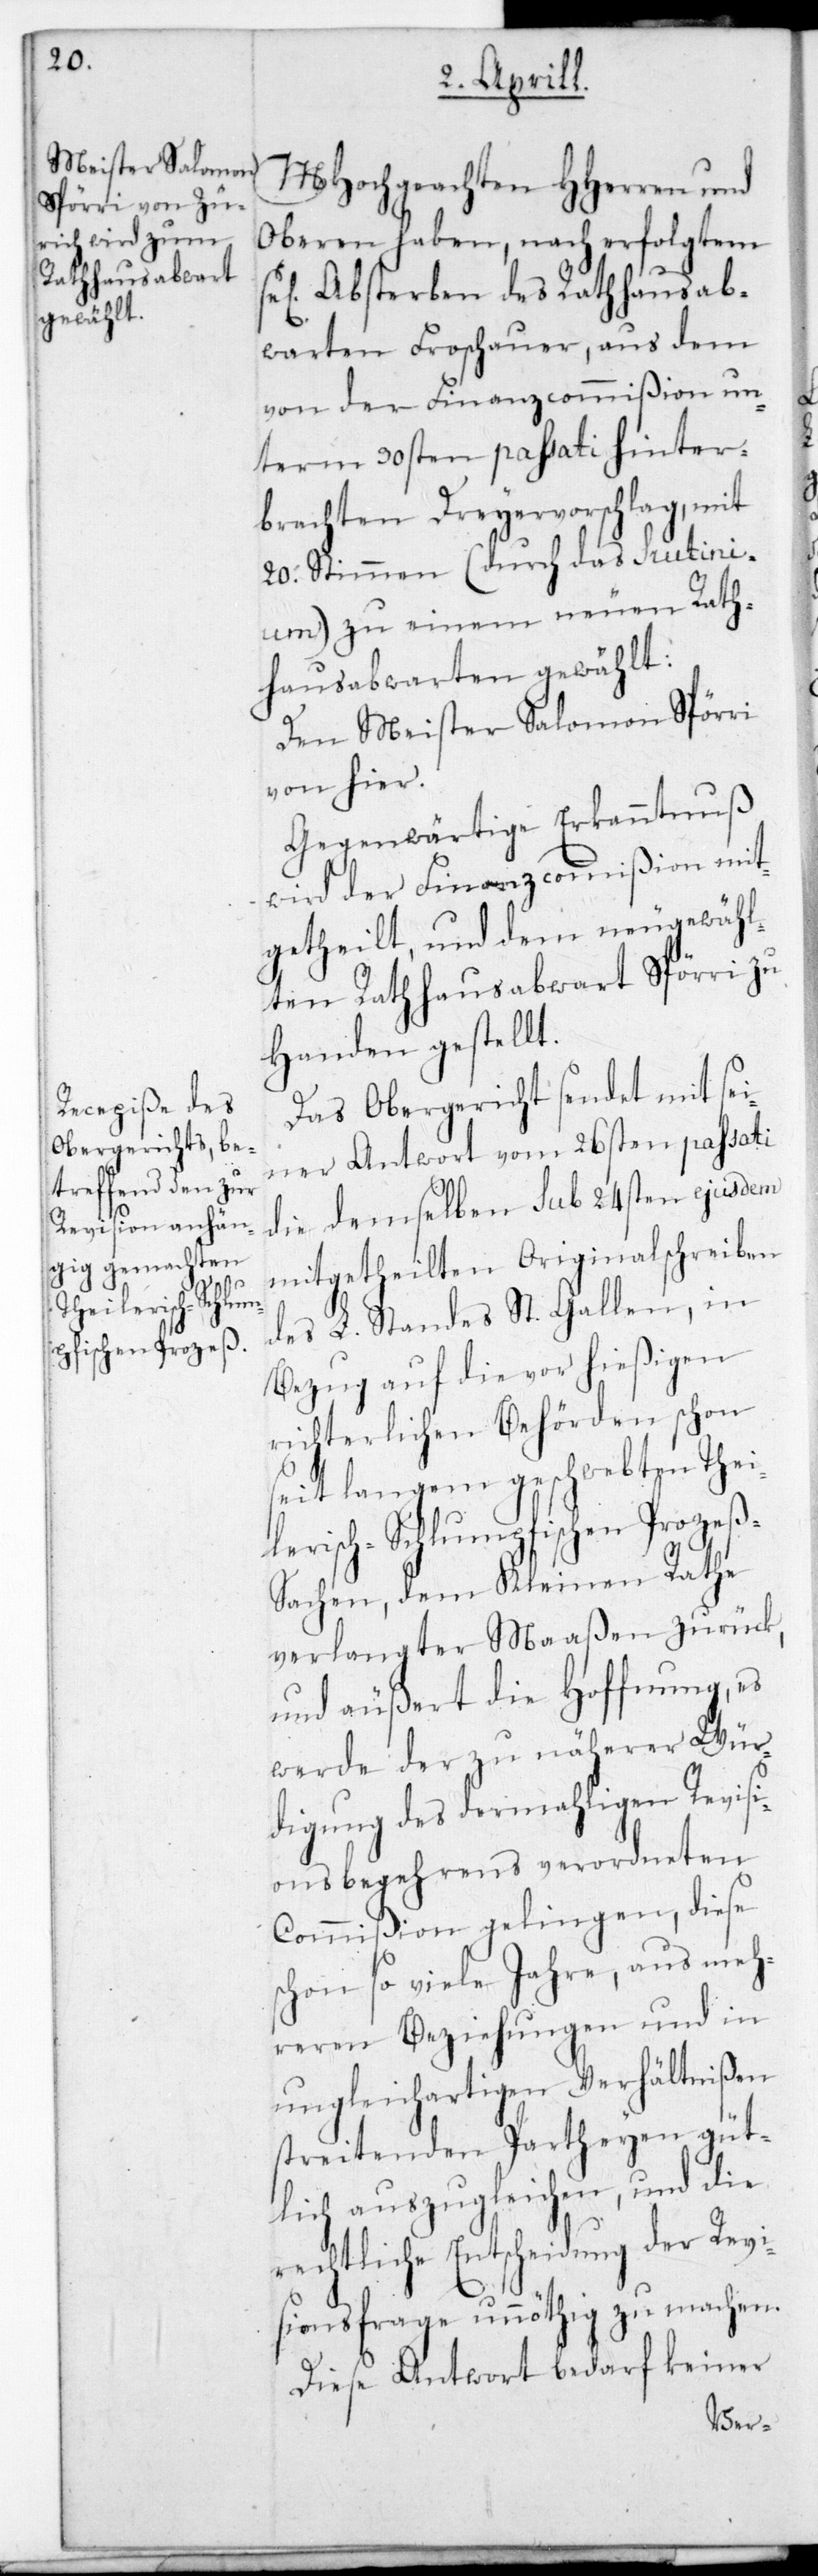
MHochgeachten HHerren und
Oberen haben, nach erfolgtem
Absterben des Rathausab¬
warten Froschauer, aus dem
von der Finanzcommißion un¬
term 30sten passati hinter¬
brachten Dreyervorschlag, mit
20 Stimmen (durch das Scrutini¬
um) zu einem neuen Rath¬
hausabwarten gewählt:
Den Meister Salomon Spörri
von hier.
Gegenwärtige Erkanntnuß
wird der Finanzcommißion mit¬
getheilt und dem neugewähl¬
ten Rathausabwart Spörri zu
Handen gestellt.
Das Obergericht sendet mit sei¬
ner Antwort vom 26sten passati
die demselben sub 24sten ejusdem
mitgetheilten Originalschreiben
des L. Standes St. Gallen, in
Bezug auf die vor hießigen
richterlichen Behörden schon
seit langem geschwebten Thei¬
lerisch-Schlumpfischen Prozeß-S¬
achen, dem Kleinen Rathe
verlangter Maaßen zurück,
und äußert die Hoffnung, es
werde der zu näherer Wür¬
digung des dermahligen Revisi¬
onsbegehrens verordneten
Commißion gelingen, diese
schon so viele Jahre, aus meh¬
reren Beziehungen und in
ungleichartigen Verhältnißen
streitenden Partheyen güt¬
lich auszugleichen, und die
rechtliche Entscheidung der Revi¬
sionsfrage unnöthig zu machen.
Diese Antwort bedarf keiner